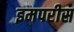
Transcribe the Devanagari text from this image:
इमपरीस